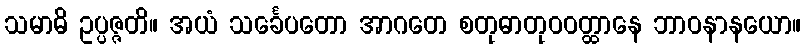
သမာဓိ ဥပ္ပဇ္ဇတိ။ အယံ သင်္ခေပတော အာဂတေ စတုဓာတုဝဝတ္ထာနေ ဘာဝနာနယော။